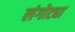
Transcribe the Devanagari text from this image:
लंगोट्या